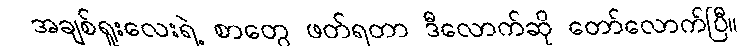
အချစ်ရူးလေးရဲ့ စာတွေ ဖတ်ရတာ ဒီလောက်ဆို တော်လောက်ပြီ။